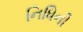
નિધિની